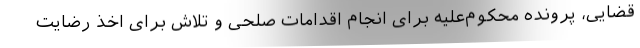
قضایی، پرونده محکوم‌علیه برای انجام اقدامات صلحی و تلاش برای اخذ رضایت